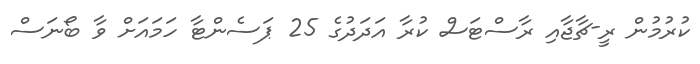
ކުރުމުން ރީ-ޗާޖާއި ރާސްޓަސް ކުރާ އަދަދުގެ 25 ޕަސެންޓާ ހަމައަށް ވާ ބޯނަސް